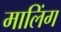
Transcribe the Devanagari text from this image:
मालिंग